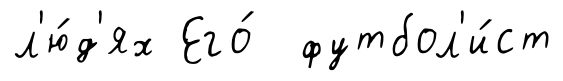
л'ю́д'ях Его́ футбол'и́ст